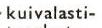
kuivalasti-